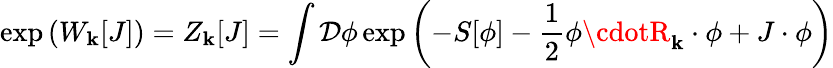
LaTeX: \exp\left(W_{\mathbf{k}}[J]\right)=Z_{\mathbf{k}}[J]=\int{\mathcal{{D}}}\phi\exp\left(-S[\phi]-{\frac{{1}}{{2}}}\phi\cdotR_{\mathbf{k}}\cdot\phi+J\cdot\phi\right)